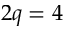
2 q = 4